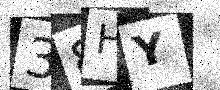
Text: 38HY